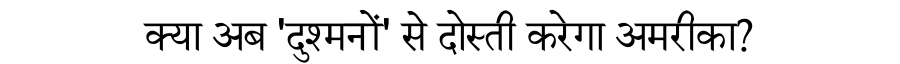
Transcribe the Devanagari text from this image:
क्या अब 'दुश्मनों' से दोस्ती करेगा अमरीका?